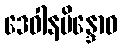
ဒေဝါနမိန္ဒောဝ